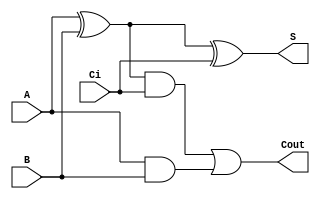
module sum1bcc_primitive (A, B, Ci,Cout,S);

  input  A;
  input  B;
  input  Ci;
  output Cout;
  output S;


  wire a_ab;
  wire x_ab;
  wire cout_t;

  and(a_ab,A,B);
  xor(x_ab,A,B);

  xor(S,x_ab,Ci);
  and(cout_t,x_ab,Ci);

  or (Cout,cout_t,a_ab);
endmodule